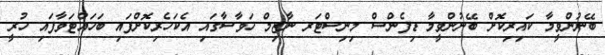
ބޭނުންވީމާ ކައިރިކޮށް ބޭނުންވީމާ ޑިފެންސް މިނިސްޓަރ ނާޒިމް ހަވާސާގައި އެކަހެރިކޮށްފައި ބަހައްޓަވާފައި ހުރީ